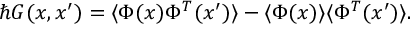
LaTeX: \hbar G ( x , x ^ { \prime } ) = \langle \Phi ( x ) \Phi ^ { T } ( x ^ { \prime } ) \rangle - \langle \Phi ( x ) \rangle \langle \Phi ^ { T } ( x ^ { \prime } ) \rangle .